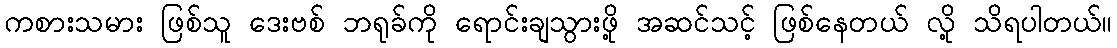
ကစားသမား ဖြစ်သူ ဒေးဗစ် ဘရုခ်ကို ရောင်းချသွားဖို့ အဆင်သင့် ဖြစ်နေတယ် လို့ သိရပါတယ်။